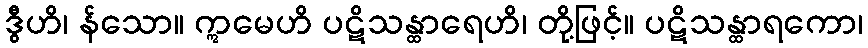
ဒွီဟိ၊ န်သော။ ဣမေဟိ ပဋိသန္ထာရေဟိ၊ တို့ဖြင့်။ ပဋိသန္ထာရကော၊